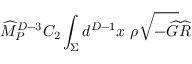
{ \widehat M } _ { P } ^ { D - 3 } C _ { 2 } \int _ { \Sigma } d ^ { D - 1 } x ~ \rho \sqrt { - { \widehat G } } { \widehat R }